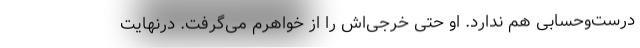
درست‌وحسابی هم ندارد. او حتی خرجی‌اش را از خواهرم می‌گرفت. درنهایت